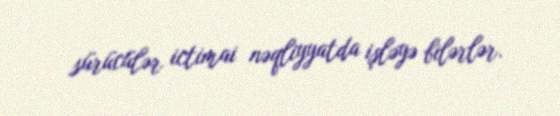
sürücülər ictimai nəqliyyatda işləyə bilərlər.